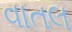
વાતલ